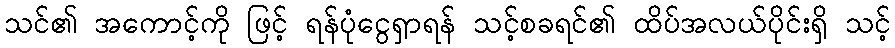
သင်၏ အကောင့်ကို ဖြင့် ရန်ပုံငွေရှာရန် သင့်စခရင်၏ ထိပ်အလယ်ပိုင်းရှိ သင့်